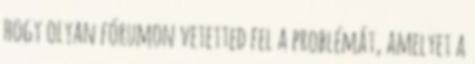
hogy olyan fórumon vetetted fel a problémát, amelyet a